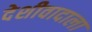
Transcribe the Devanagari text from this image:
देशीवादाला